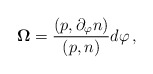
\begin{align*}{\bf\Omega}=\frac{(p,\partial_\varphi n)}{(p,n)}d\varphi \, ,\end{align*}